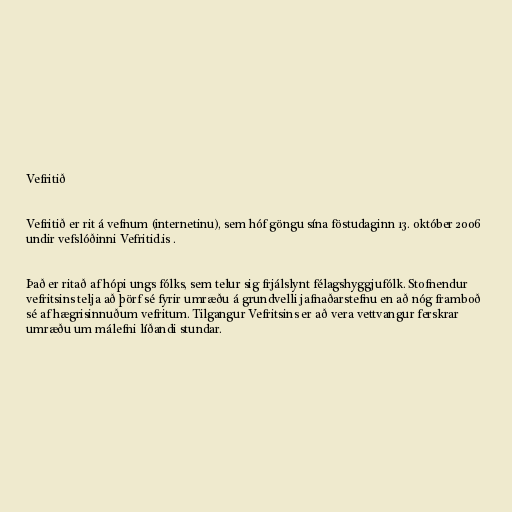
Vefritið

Vefritið er rit á vefnum (internetinu), sem hóf göngu sína föstudaginn 13. október 2006
undir vefslóðinni Vefritid.is .

Það er ritað af hópi ungs fólks, sem telur sig frjálslynt félagshyggjufólk. Stofnendur
vefritsins telja að þörf sé fyrir umræðu á grundvelli jafnaðarstefnu en að nóg framboð
sé af hægrisinnuðum vefritum. Tilgangur Vefritsins er að vera vettvangur ferskrar
umræðu um málefni líðandi stundar.